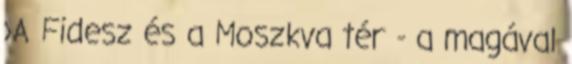
›A Fidesz és a Moszkva tér - a magával